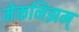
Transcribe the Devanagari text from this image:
मेकनिझम्